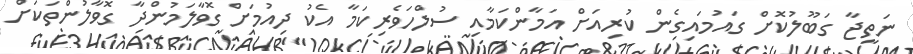
ނަތީޖާ ގަބޫލުކޮށް ގައުމައިގެން ކުރިއަށް އަމާންކަމާއި ސުލްހަވެރިކަމާ އެކު ދިއުމަށް ގޮވާލަމުންދާ ގޮވާލުންތަކަށް